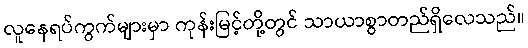
လူနေရပ်ကွက်များမှာ ကုန်းမြင့်တို့တွင် သာယာစွာတည်ရှိလေသည်။